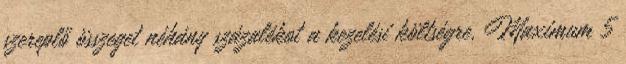
szereplő összeget néhány százalékot a kezelési költségre. Maximum 5